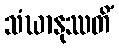
သံဃာနုဿတိံ